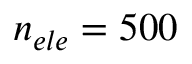
n _ { e l e } = 5 0 0